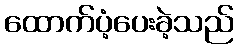
ထောက်ပံ့ပေးခဲ့သည်